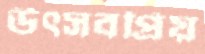
উৎসবপ্রিয়